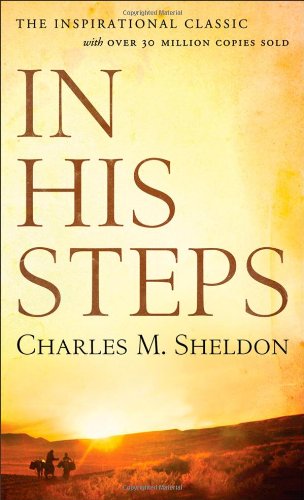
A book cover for In His Steps; Charles M. Sheldon; Literature & Fiction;